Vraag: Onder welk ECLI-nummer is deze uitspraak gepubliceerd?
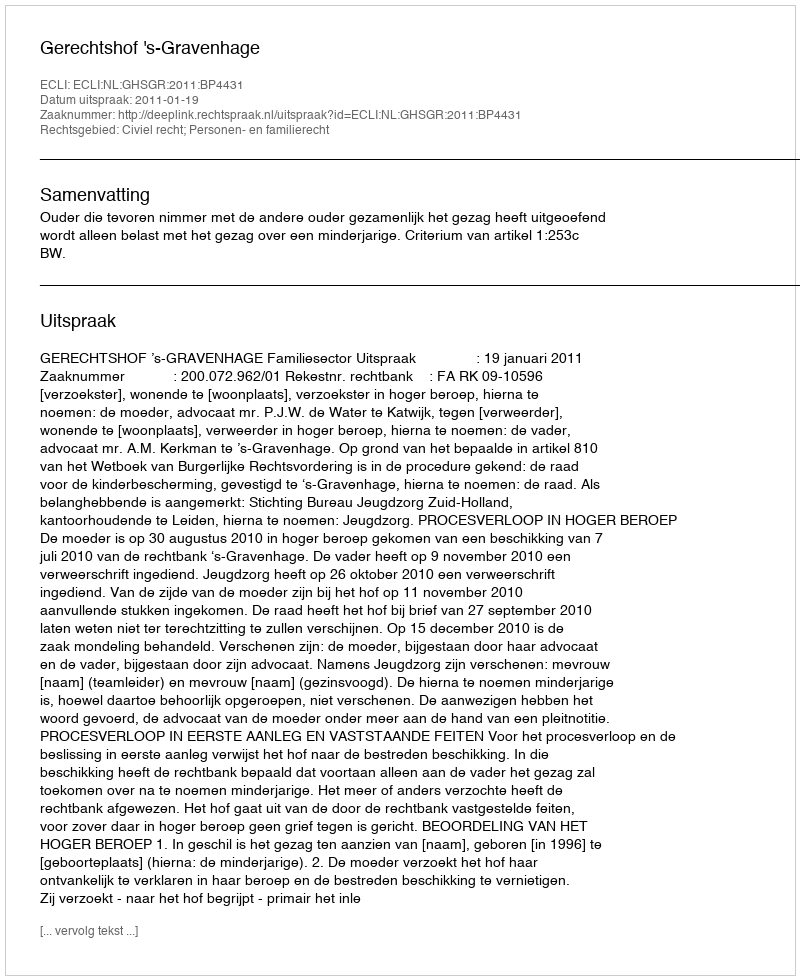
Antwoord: ECLI:NL:GHSGR:2011:BP4431